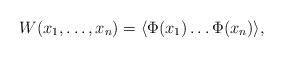
LaTeX: \begin{align*}W(x_1,\ldots, x_n) = \langle\Phi(x_1) \ldots \Phi(x_n) \rangle ,\end{align*}